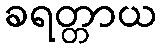
ခရတ္တာယ